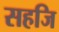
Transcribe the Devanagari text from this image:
सहजि